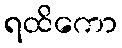
ရထိကော